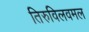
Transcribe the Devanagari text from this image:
तिरुविलवमल